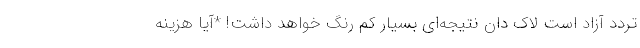
تردد آزاد است لاک دان نتیجه‌ای بسیار کم رنگ خواهد داشت! *آیا هزینه